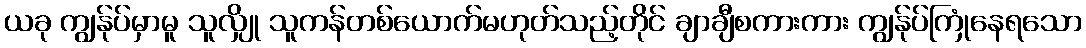
ယခု ကျွန်ုပ်မှာမူ သူလျှို သူကန်တစ်ယောက်မဟုတ်သည့်တိုင် ချာချီစကားကား ကျွန်ုပ်ကြုံနေရသော